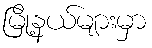
မြို့နယ်များမှာ